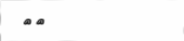
٥٠